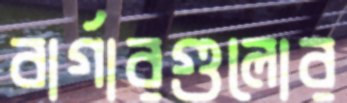
বার্গারগুলোর